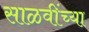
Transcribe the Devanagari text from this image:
साळवींच्या